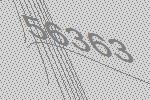
56363